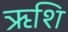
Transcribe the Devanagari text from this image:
ऋशि